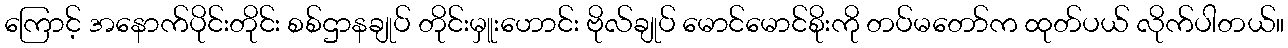
ကြောင့် အနောက်ပိုင်းတိုင်း စစ်ဌာနချုပ် တိုင်းမှူးဟောင်း ဗိုလ်ချုပ် မောင်မောင်စိုးကို တပ်မတော်က ထုတ်ပယ် လိုက်ပါတယ်။